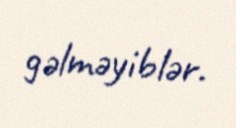
gəlməyiblər.